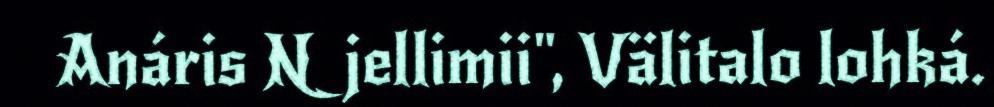
Anáris Njellimii", Välitalo lohká.